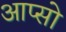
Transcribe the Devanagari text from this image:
आप्सो